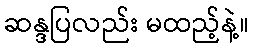
ဆန္ဒပြလည်း မထည့်နဲ့။